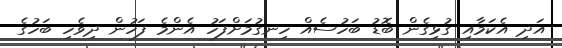
އަދި އެކަމާއި ގުޅިގެން ބޮޑު ބަހުސެއް ހިނގުމަށްފަހު އެންމެ ފަހުން ދިވެހި ބަހުގެ